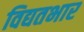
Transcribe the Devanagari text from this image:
विद्यतभार